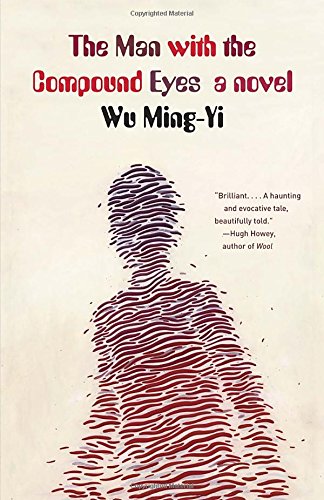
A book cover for The Man with the Compound Eyes: A Novel; Wu Ming-Yi; Science Fiction & Fantasy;